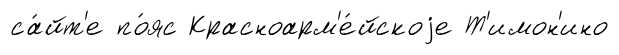
са́йт'е по́яс Красноарм'е́йскоjе Т'имон'ино